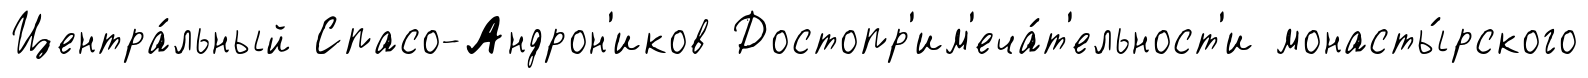
Центра́льный Спасо-Андрон'иков Достопр'им'еча́т'ельност'и монасты́рского